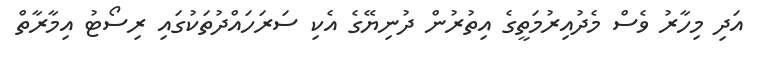
އަދި މިހާރު ވެސް މެދުއިރުމަތީގެ އިތުރުން ދުނިޔޭގެ އެކި ސަރަހައްދުތަކުގައި ރިސޯޓު އިމާރާތް